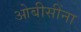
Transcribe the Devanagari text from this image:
ओबीसींना